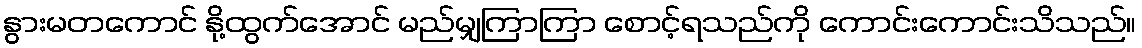
နွားမတကောင် နို့ထွက်အောင် မည်မျှကြာကြာ စောင့်ရသည်ကို ကောင်းကောင်းသိသည်။